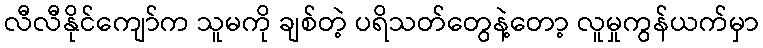
လီလီနိုင်ကျော်က သူမကို ချစ်တဲ့ ပရိသတ်တွေနဲ့တော့ လူမှုကွန်ယက်မှာ